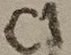
Text: C1